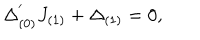
LaTeX: \Delta _ { ( 0 ) } ^ { ' } J _ { ( 1 ) } + \Delta _ { ( 1 ) } = 0 ,